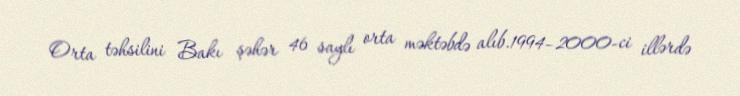
Orta təhsilini Bakı şəhər 46 saylı orta məktəbdə alıb.1994–2000-ci illərdə